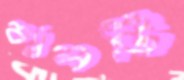
ব্যালটি